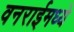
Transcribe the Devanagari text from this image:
वनराईमध्ये